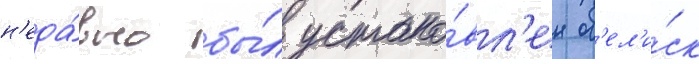
н'еда́вно бы́л устано́вл'ен об'ел'и́ск